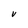
Character: V